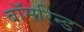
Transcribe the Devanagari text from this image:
बॉमरिन्ड